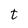
Character: t